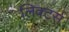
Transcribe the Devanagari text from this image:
लिक्टर्स